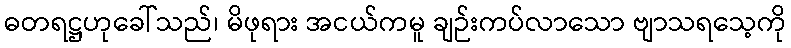
ဓတရဋ္ဌဟုခေါ်သည်၊ မိဖုရား အငယ်ကမူ ချဉ်းကပ်လာသော ဗျာသရသေ့ကို